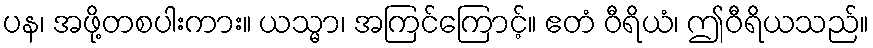
ပန၊ အဖို့တစပါးကား။ ယသ္မာ၊ အကြင်ကြောင့်။ ဧတံ ဝီရိယံ၊ ဤဝီရိယသည်။